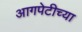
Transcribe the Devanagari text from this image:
आगपेटीच्या